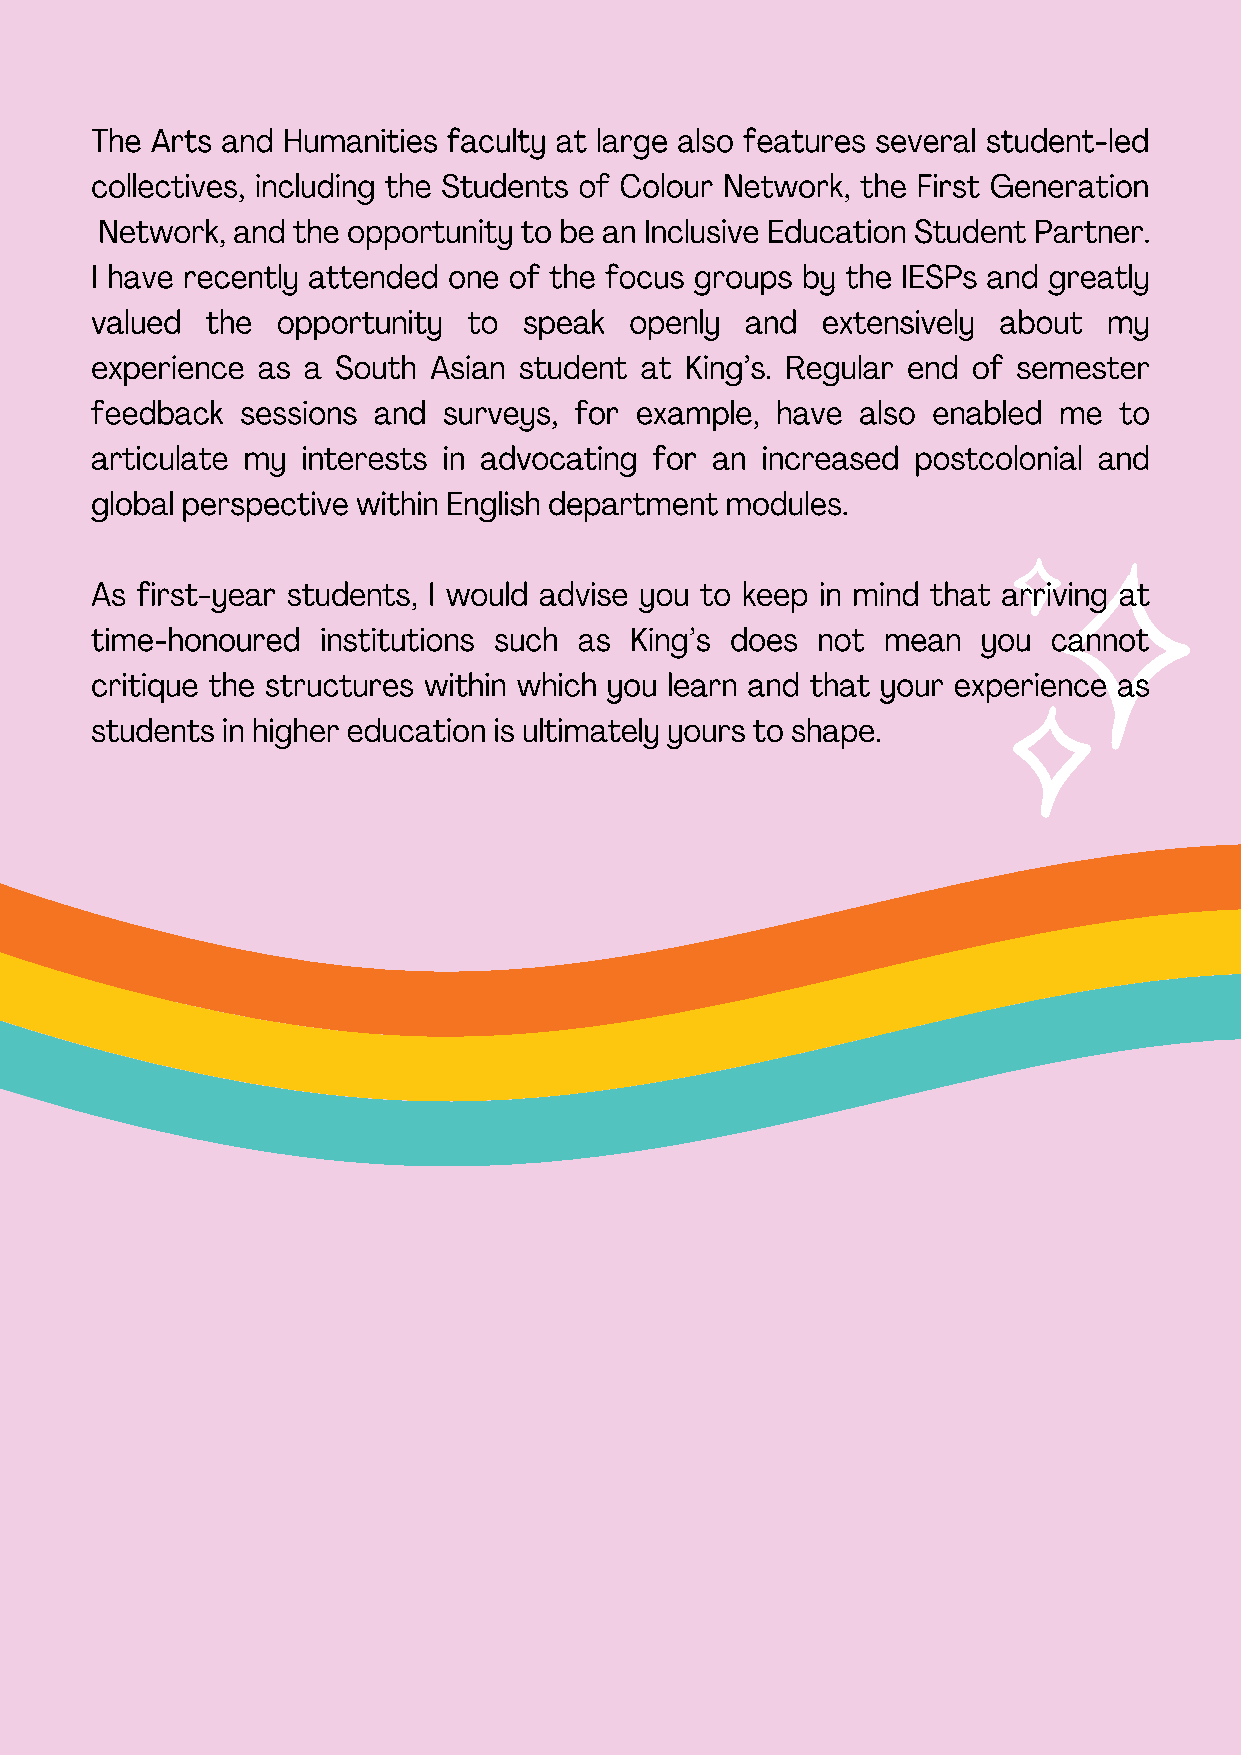
The Arts and Humanities faculty at large also features several student-led
 collectives, including the Students of Colour Network, the First Generation
 Network, and the opportunity to be an Inclusive Education Student Partner.
 I have recently attended one of the focus groups by the IESPs and greatly
 valued  the opportunity  to  speak  openly and  extensively about  my
 experience as a South Asian student at King’s. Regular end of semester
 feedback  sessions and surveys, for example, have  also enabled me  to
 articulate my interests in advocating for an increased postcolonial and
 global perspective within English department modules.
 As first-year students, I would advise you to keep in mind that arriving at
 time-honoured  institutions such as King’s does not  mean  you  cannot
 critique the structures within which you learn and that your experience as
 students in higher education is ultimately yours to shape.